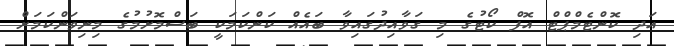
އަދި ކޮންޓެމްޕްޓް އޮފް ކޯޓުގެ މި ގަވާއިދުގައިވާ ބައެއް ކަންކަމަކީ ބަސްމޮށުމުގެ މިނިވަންކަމަށް